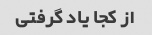
از کجا یاد گرفتی